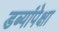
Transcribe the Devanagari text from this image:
डब्यांपेक्षा